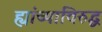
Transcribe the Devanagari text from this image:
ह्यांच्याविरुद्ध